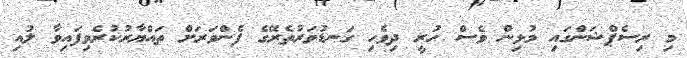
މި ރިސެޕްޝަންގައި މުޅިން ވެސް ހުރީ ދިވެހި ގަނޑުވަރުތެރޭގެ ފެންވަރަށް ތައްޔާރުކުރެވިފައިވާ ލުއި